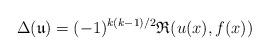
LaTeX: \begin{align*}\Delta(\mathfrak{u})& = (-1)^{k(k-1)/2}\mathfrak{R}(u(x),f(x))\end{align*}